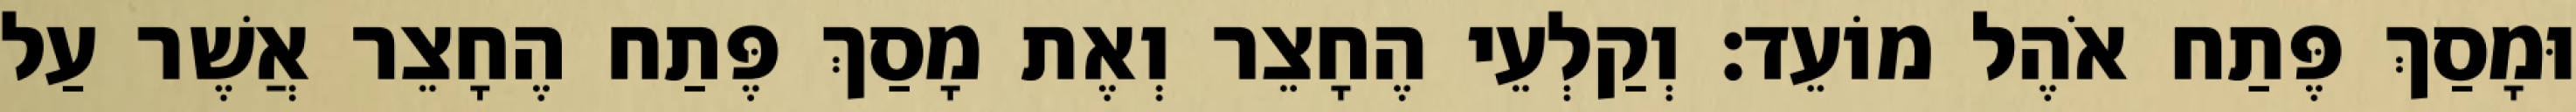
וּמָסַךְ פֶּתַח אֹהֶל מוֹעֵד׃ וְקַלְעֵי הֶחָצֵר וְאֶת מָסַךְ פֶּתַח הֶחָצֵר אֲשֶׁר עַל